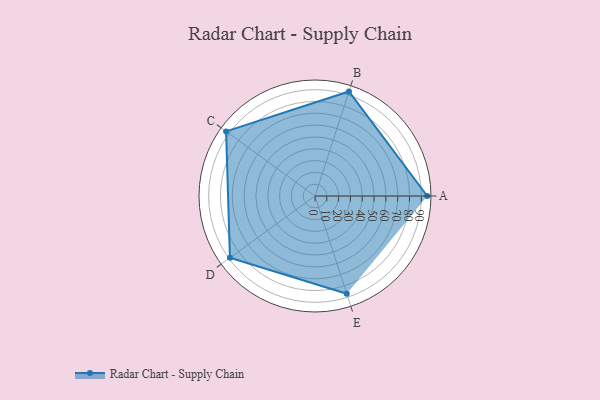
{"axis": {"x": "Skill", "y": "Score"}, "legend": ["Profile"], "data": [{"x": "A", "y": 95.0, "type": "Profile"}, {"x": "B", "y": 93.0, "type": "Profile"}, {"x": "C", "y": 93.0, "type": "Profile"}, {"x": "D", "y": 89.0, "type": "Profile"}, {"x": "E", "y": 87.0, "type": "Profile"}]}